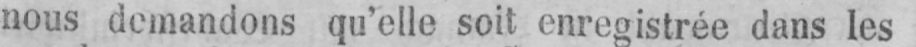
nous demandons qu’elle soit enregistrée dans les